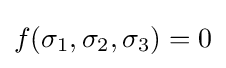
f(\sigma _{1},\sigma _{2},\sigma _{3})=0